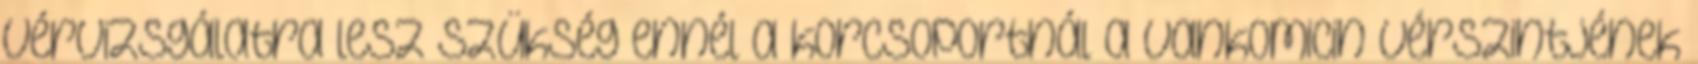
vérvizsgálatra lesz szükség ennél a korcsoportnál a vankomicin vérszintjének